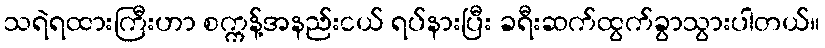
သရဲရထားကြီးဟာ စက္ကန့်အနည်းငယ် ရပ်နားပြီး ခရီးဆက်ထွက်ခွာသွားပါတယ်။